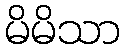
မိမိသာ